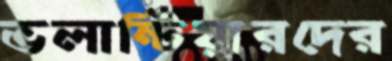
ভলান্টিয়ারদের